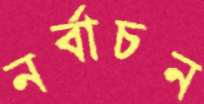
নর্বাচন